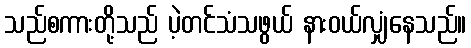
သည်စကားတို့သည် ပဲ့တင်သံသဖွယ် နားဝယ်လျှံနေသည်။